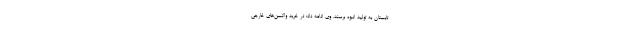
تابستان به تولید انبوه برسند. وی ادامه داد: در خرید واکسن‌های خارجی